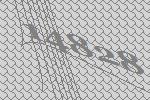
14828